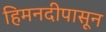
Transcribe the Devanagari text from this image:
हिमनदीपासून